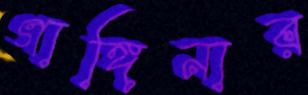
গাঙ্গিনার